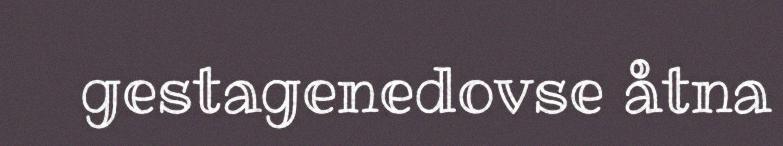
gestagenedovse åtna